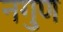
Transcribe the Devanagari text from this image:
नगुण